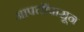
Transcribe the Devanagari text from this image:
आपत्तींपासून